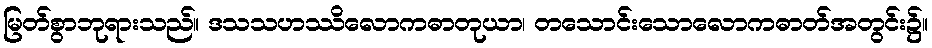
မြတ်စွာဘုရားသည်။ ဒသသဟဿိလောကဓာတုယာ၊ တသောင်းသောလောကဓာတ်အတွင်း၌။